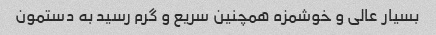
بسیار عالی و خوشمزه همچنین سریع و گرم رسید به دستمون